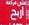
جاليري